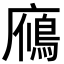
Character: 𪪦